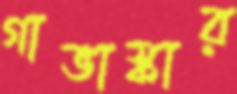
গাভাস্কার